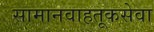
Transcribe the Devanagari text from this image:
सामानवाहतूकसेवा